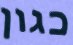
כגון